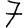
Digit: 7